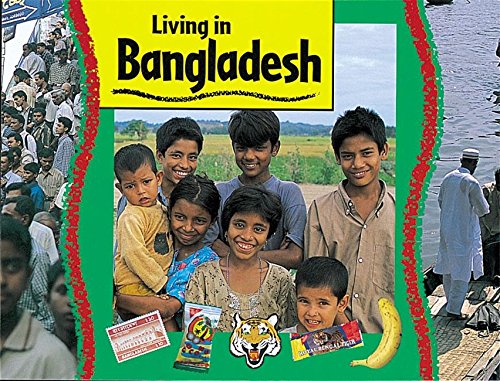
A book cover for Bangladesh (Living in... Series); Ruth Thomson; Travel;